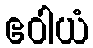
ဧဝါယံ